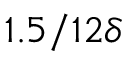
1 . 5 / 1 2 \delta